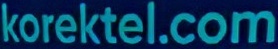
korektel.com